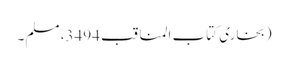
(بخاری کتاب المناقب 3494، مسلم۔